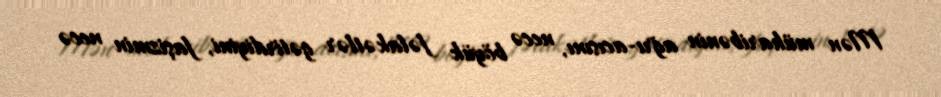
Mən müharibənin ağrı-acısını, necə böyük fəlakətlər gətirdiyini, faşizmin necə